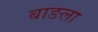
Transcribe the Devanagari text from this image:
बाङला